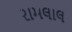
રામલાલ